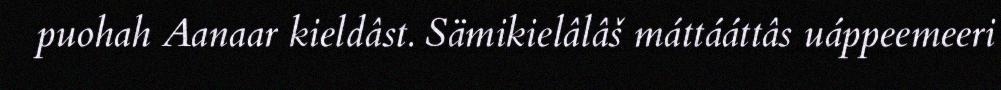
puohah Aanaar kieldâst. Sämikielâlâš máttááttâs uáppeemeeri